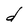
Character: d